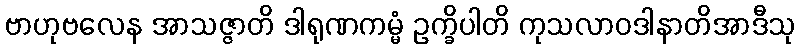
ဗာဟုဗလေန အာသဇ္ဇာတိ ဒါရုဏကမ္မံ ဥက္ခိပါတိ ကုသလာဝဒါနာတိအာဒီသု